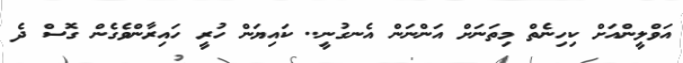
އަވްލީންއަށް ކިހިނެތް މިތަނަށް އަންނަން އެނގުނީ.. ކައިޔަން ހުރީ ހައިރާންވެގެން ގޮސް ދެ